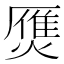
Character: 㷳